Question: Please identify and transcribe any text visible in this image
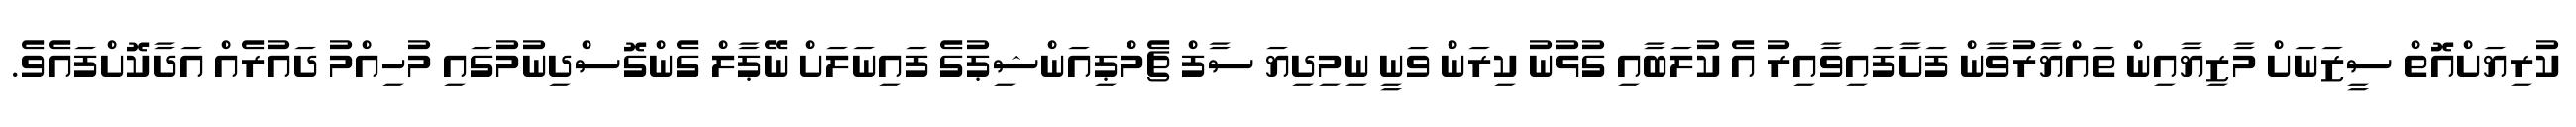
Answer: ކުރިޔަށްއޮތް ސީޒަނަށް މާޒިޔާއިން ތައްޔާރުވާން ފަށާފައިވާއިރު އެ ކުލަބާއި ގުޅުނު ކިރަން ވަނީ ނިމިދިޔަ ސާފް ޗެމްޕިއަންޝިޕުގެ ފައިނަލަށް ނޭޕާލް ގެންގޮސްދިނުމުގައި މުހިއްމު ދައުރެއް އަދާކޮށްފައެވެ.